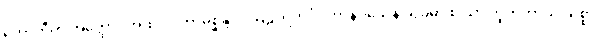
ဟောတီတိ အတ္ထော။ အထ ဝါ ကာမစ္ဆန္ဒာဒိဩဠာရိကင်္ဂပ္ပဟာနဝသေန သုခုမာ စ သာ ဘူတတာယ သစ္စာ